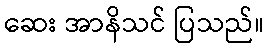
ဆေး အာနိသင် ပြသည်။